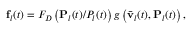
{ \bf f } _ { l } ( t ) = F _ { D } \left( { { \bf P } _ { l } ( t ) } / { P _ { l } ( t ) } \right) g \left( \bar { \bf v } _ { l } ( t ) , { \bf P } _ { l } ( t ) \right) ,